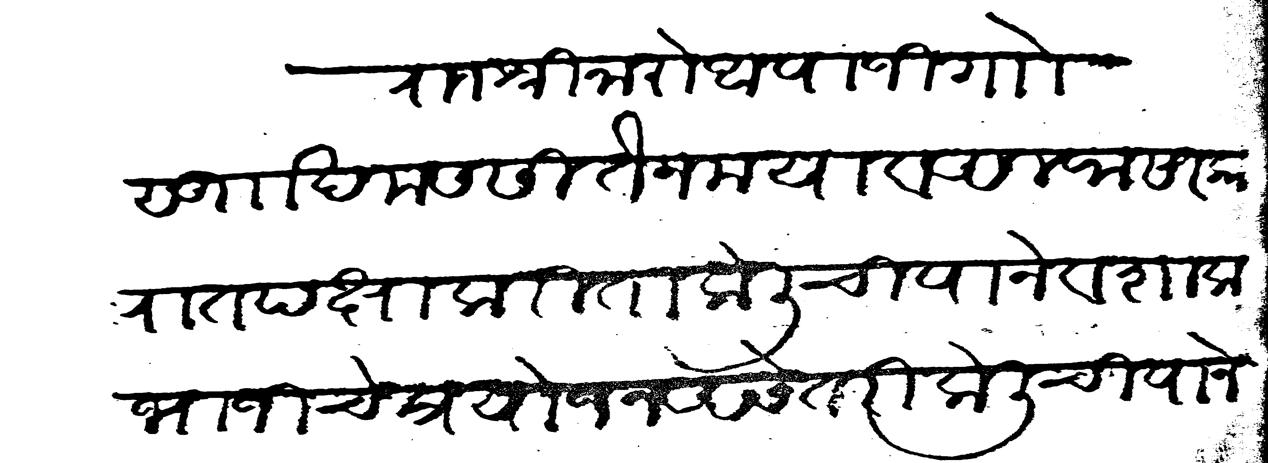
Transliteration (Devanagari): राजश्री नारो आपाजी गोा सु ।। खमस सीतैन मया व अलफ सरकारात पक्षाकरीता केलीची पाने व शाक भाजीचे प्रयोजन असे तरी केलिची पाने